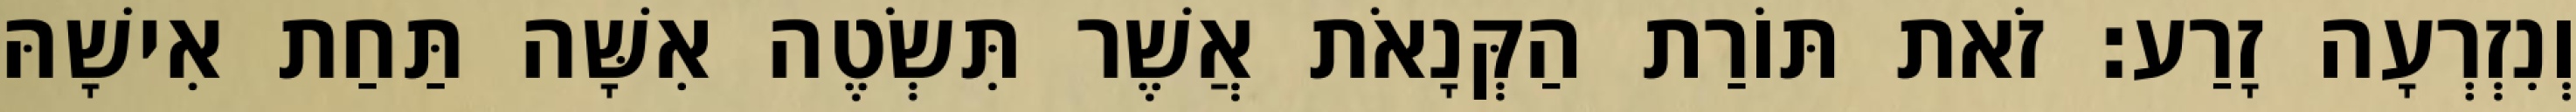
וְנִזְרְעָה זָרַע׃ זֹאת תּוֹרַת הַקְּנָאֹת אֲשֶׁר תִּשְׂטֶה אִשָּׁה תַּחַת אִישָׁהּ